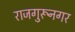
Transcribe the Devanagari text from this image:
राजगुरूनगर